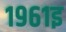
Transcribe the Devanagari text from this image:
१९६१इ